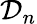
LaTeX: {{\mathcal{D}}_{n}}